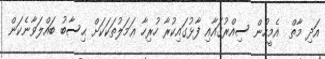
އަދި މާތް  އެމީހުން ސިއްރުގައާއި ފާޅުގައިކުރާ ހުރިހާ ޢަމަލުތަކަކަށް ޙިސާބު ބައްލަވާނެކަން